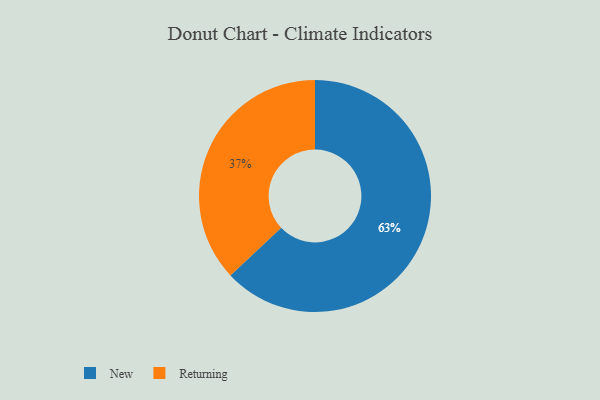
{"axis": {"x": "Category", "y": "Percentage"}, "legend": ["New", "Returning"], "data": [{"x": "New", "y": 63, "type": "New"}, {"x": "Returning", "y": 37, "type": "Returning"}]}